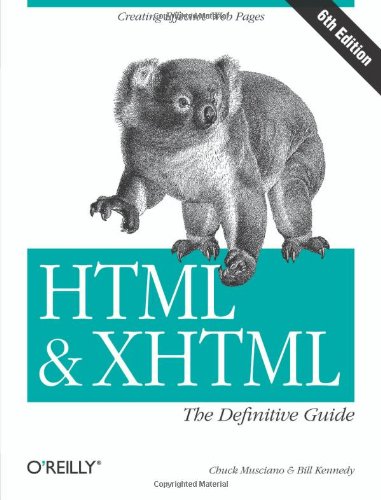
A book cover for HTML & XHTML: The Definitive Guide (6th Edition); Chuck Musciano; Computers & Technology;